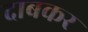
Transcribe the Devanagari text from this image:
दाबकर